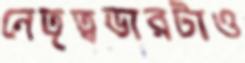
নেতৃত্বভারটাও